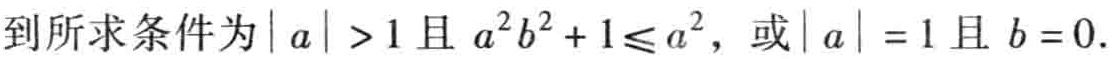
到所求条件为\(\vert a\vert > 1\)且\(a^{2}b^{2}+1\leqslant a^{2}\)，或\(\vert a\vert = 1\)且\(b = 0\).